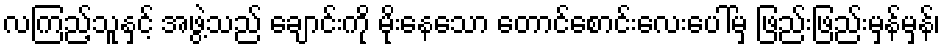
လကြည့်သူနှင့် အဖွဲ့သည် ချောင်းကို မိုးနေသော တောင်စောင်းလေးပေါ်မှ ဖြည်းဖြည်းမှန်မှန်၊